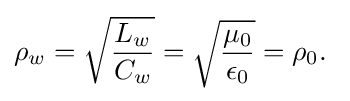
\rho _{w}={\sqrt {\frac {L_{w}}{C_{w}}}}={\sqrt {\frac {\mu _{0}}{\epsilon _{0}}}}=\rho _{0}.\